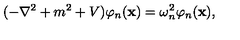
( - \nabla ^ { 2 } + m ^ { 2 } + V ) \varphi _ { n } ( { \bf x } ) = \omega _ { n } ^ { 2 } \varphi _ { n } ( { \bf x } ) ,